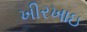
ખીરખાઇ